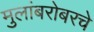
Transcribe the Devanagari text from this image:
मुलांबरोबरचे